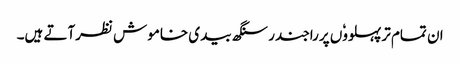
ان تمام ترپہلووٗں پرراجندر سنگھ بیدی خاموش نظرآتے ہیں۔